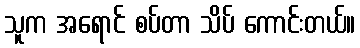
သူက အရောင် စပ်တာ သိပ် ကောင်းတယ်။